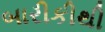
બારીકીથી